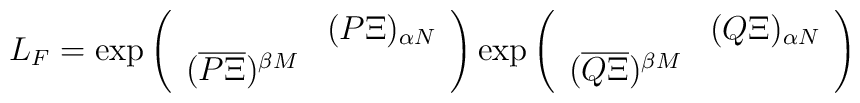
L_{F}=\exp \left( \begin{array}{cc} & (P\Xi )_{\alpha N}\\(\overline{P\Xi })^{\beta M} & \end{array}\right) \exp \left( \begin{array}{cc} & (Q\Xi )_{\alpha N}\\(\overline{Q\Xi })^{\beta M} & \end{array}\right)